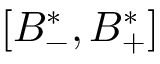
[ B _ { - } ^ { * } , B _ { + } ^ { * } ]